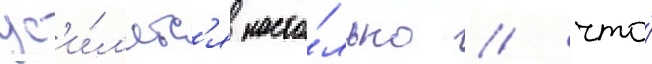
ус'и́л'ятс'я насто́лько / что́